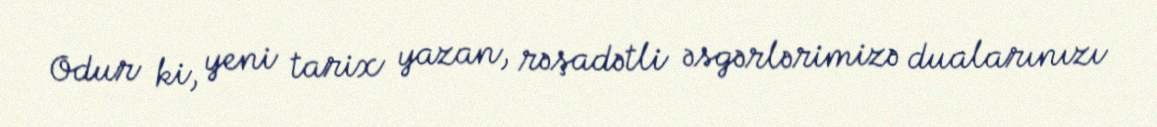
Odur ki, yeni tarix yazan, rəşadətli əsgərlərimizə dualarınızı